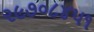
૨૯૭૦૮૪૫૧